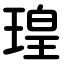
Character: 瑝